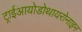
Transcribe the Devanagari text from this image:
ट्राईआयोडोथायरोनाइन